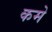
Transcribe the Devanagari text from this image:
कमे